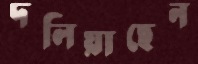
দলিয়াছেন